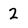
Character: 2